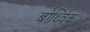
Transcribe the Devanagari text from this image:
बोर्थ्विक